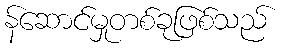
န်ဆောင်မှုတစ်ခုဖြစ်သည်